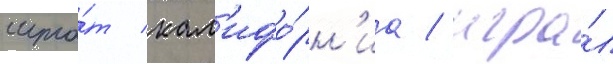
шта́т кал'ифо́рн'иа / игра́л